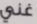
غني